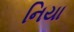
નિયા